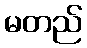
မတည်